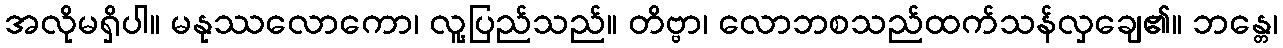
အလိုမရှိပါ။ မနုဿလောကော၊ လူ့ပြည်သည်။ တိဗ္ဗာ၊ လောဘစသည်ထက်သန်လှချေ၏။ ဘန္တေ၊